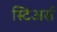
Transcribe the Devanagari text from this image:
स्टिअर्स